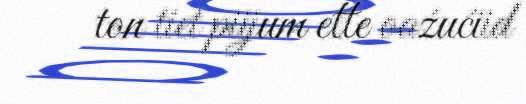
ton tiet piijum ette oaźućiid